Scientific memoirs by medical officers of the Army of India - Part X,
Year: 1897
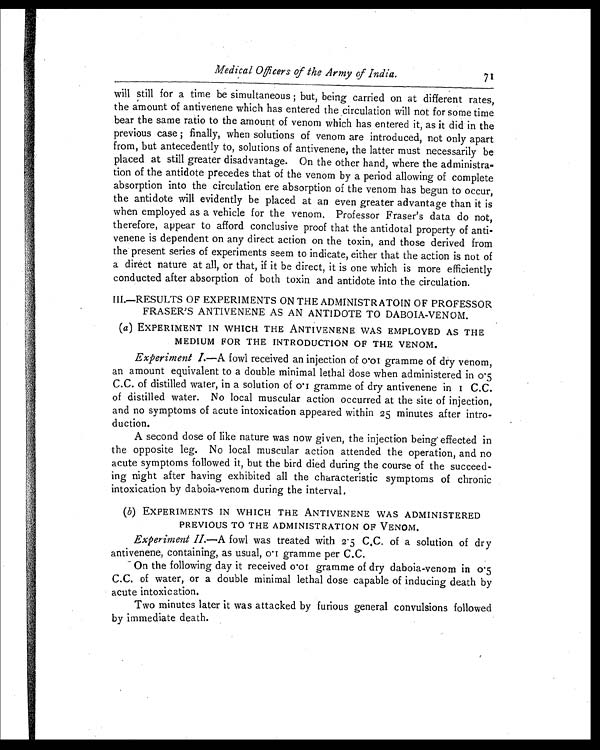
Medical Officers of the Army of India. 7 1
will still for a time be simultaneous ; but, being carried on at different rates,
the amount of antivenene which has entered the circulation will not for some time
bear the same ratio to the amount of venom which has entered it, as it did in the
previous case ; finally, when solutions of venom are introduced, not only apart
from, but antecedently to, solutions of antivenene, the latter must necessarily be
placed at still greater disadvantage. On the other hand, where the administra-
tion of the antidote precedes that of the venom by a period allowing of complete
absorption into the circulation ere absorption of the venom has begun to occur,
the antidote will evidently be placed at an even greater advantage than it is
when employed as a vehicle for the venom. Professor Fraser's data do not,
therefore, appear to afford conclusive proof that the antidotal property of anti-
venene is dependent on any direct action on the toxin, and those derived from
the present series of experiments seem to indicate, either that the action is not of
a direct nature at all, or that, if it be direct, it is one which is more efficiently
conducted after absorption of both toxin and antidote into the circulation.
III.—RESULTS OF EXPERIMENTS ON THE ADMINISTRATOIN OF PROFESSOR
FRASER'S ANTIVENENE AS AN ANTIDOTE TO DABOIA-VENOM.
(a) EXPERIMENT IN WHICH THE ANTIVENENE WAS EMPLOYED AS THE
MEDIUM FOR THE INTRODUCTION OF THE VENOM.
Experiment I.—A fowl received an injection of 0.01 gramme of dry venom,
an amount equivalent to a double minimal lethal dose when administered in 0.5
C.C. of distilled water, in a solution of 0.1 gramme of dry antivenene in 1 C.C.
of distilled water. No local muscular action occurred at the site of injection,
and no symptoms of acute intoxication appeared within 25 minutes after intro-
duction.
A second dose of like nature was now given, the injection being effected in
the opposite leg. No local muscular action attended the operation, and no
acute symptoms followed it, but the bird died during the course of the succeed-
ing night after having exhibited all the characteristic symptoms of chronic
intoxication by daboia-venom during the interval.
(b ) EXPERIMENTS IN WHICH THE ANTIVENENE WAS ADMINISTERED
PREVIOUS TO THE ADMINISTRATION OF VENOM.
Experiment II.—A fowl was treated with 2.5 C.C. of a solution of dry
antivenene, containing, as usual, 0.1 gramme per C.C.
On the following day it received 0.01 gramme of dry daboia-venom in 0.5
C.C. of water, or a double minimal lethal dose capable of inducing death by
acute intoxication.
Two minutes later it was attacked by furious general convulsions followed
by immediate death.